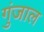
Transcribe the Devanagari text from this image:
गुंजाल